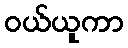
ဝယ်ယူကာ